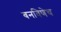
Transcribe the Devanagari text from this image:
बनविणेच